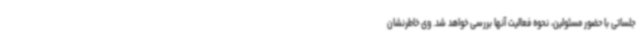
جلساتی با حضور مسئولین، نحوه فعالیت آنها بررسی خواهد شد. وی خاطرنشان